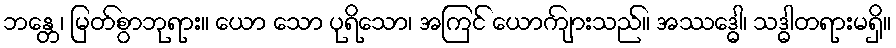
ဘန္တေ၊ မြတ်စွာဘုရား။ ယော သော ပုရိသော၊ အကြင် ယောကျ်ားသည်။ အဿဒ္ဓေါ၊ သဒ္ဓါတရားမရှိ။